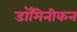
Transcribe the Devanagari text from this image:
डॉमिनीकन